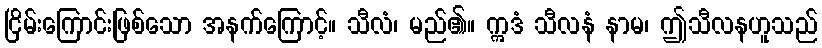
ငြိမ်းကြောင်းဖြစ်သော အနက်ကြောင့်။ သီလံ၊ မည်၏။ ဣဒံ သီလနံ နာမ၊ ဤသီလနဟူသည်